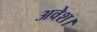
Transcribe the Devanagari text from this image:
अवेश।